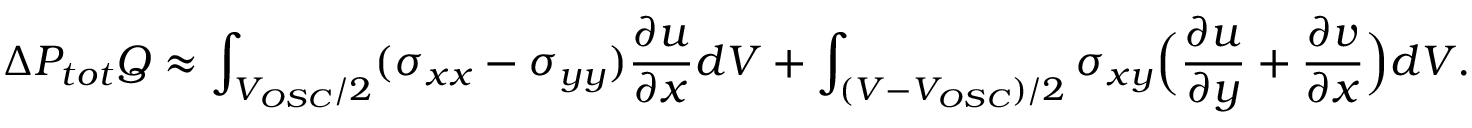
\Delta P _ { t o t } Q \approx \int _ { V _ { O S C } / 2 } ( \sigma _ { x x } - \sigma _ { y y } ) \frac { \partial u } { \partial x } d V + \int _ { ( V - V _ { O S C } ) / 2 } \sigma _ { x y } \Bigl ( \frac { \partial u } { \partial y } + \frac { \partial v } { \partial x } \Bigr ) d V .